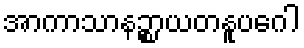
အာကာသာနဉ္စာယတနူပဂေါ